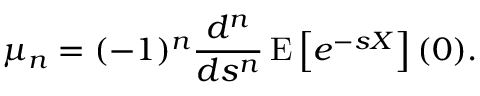
\mu _ { n } = ( - 1 ) ^ { n } { \frac { d ^ { n } } { d s ^ { n } } } \operatorname { E } \left[ e ^ { - s X } \right] ( 0 ) .